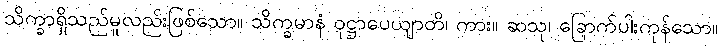
သိက္ခာရှိသည်မူလည်းဖြစ်သော။ သိက္ခမာနံ ဝုဋ္ဌာပေယျာတိ၊ ကား။ ဆသု၊ ခြောက်ပါးကုန်သော။